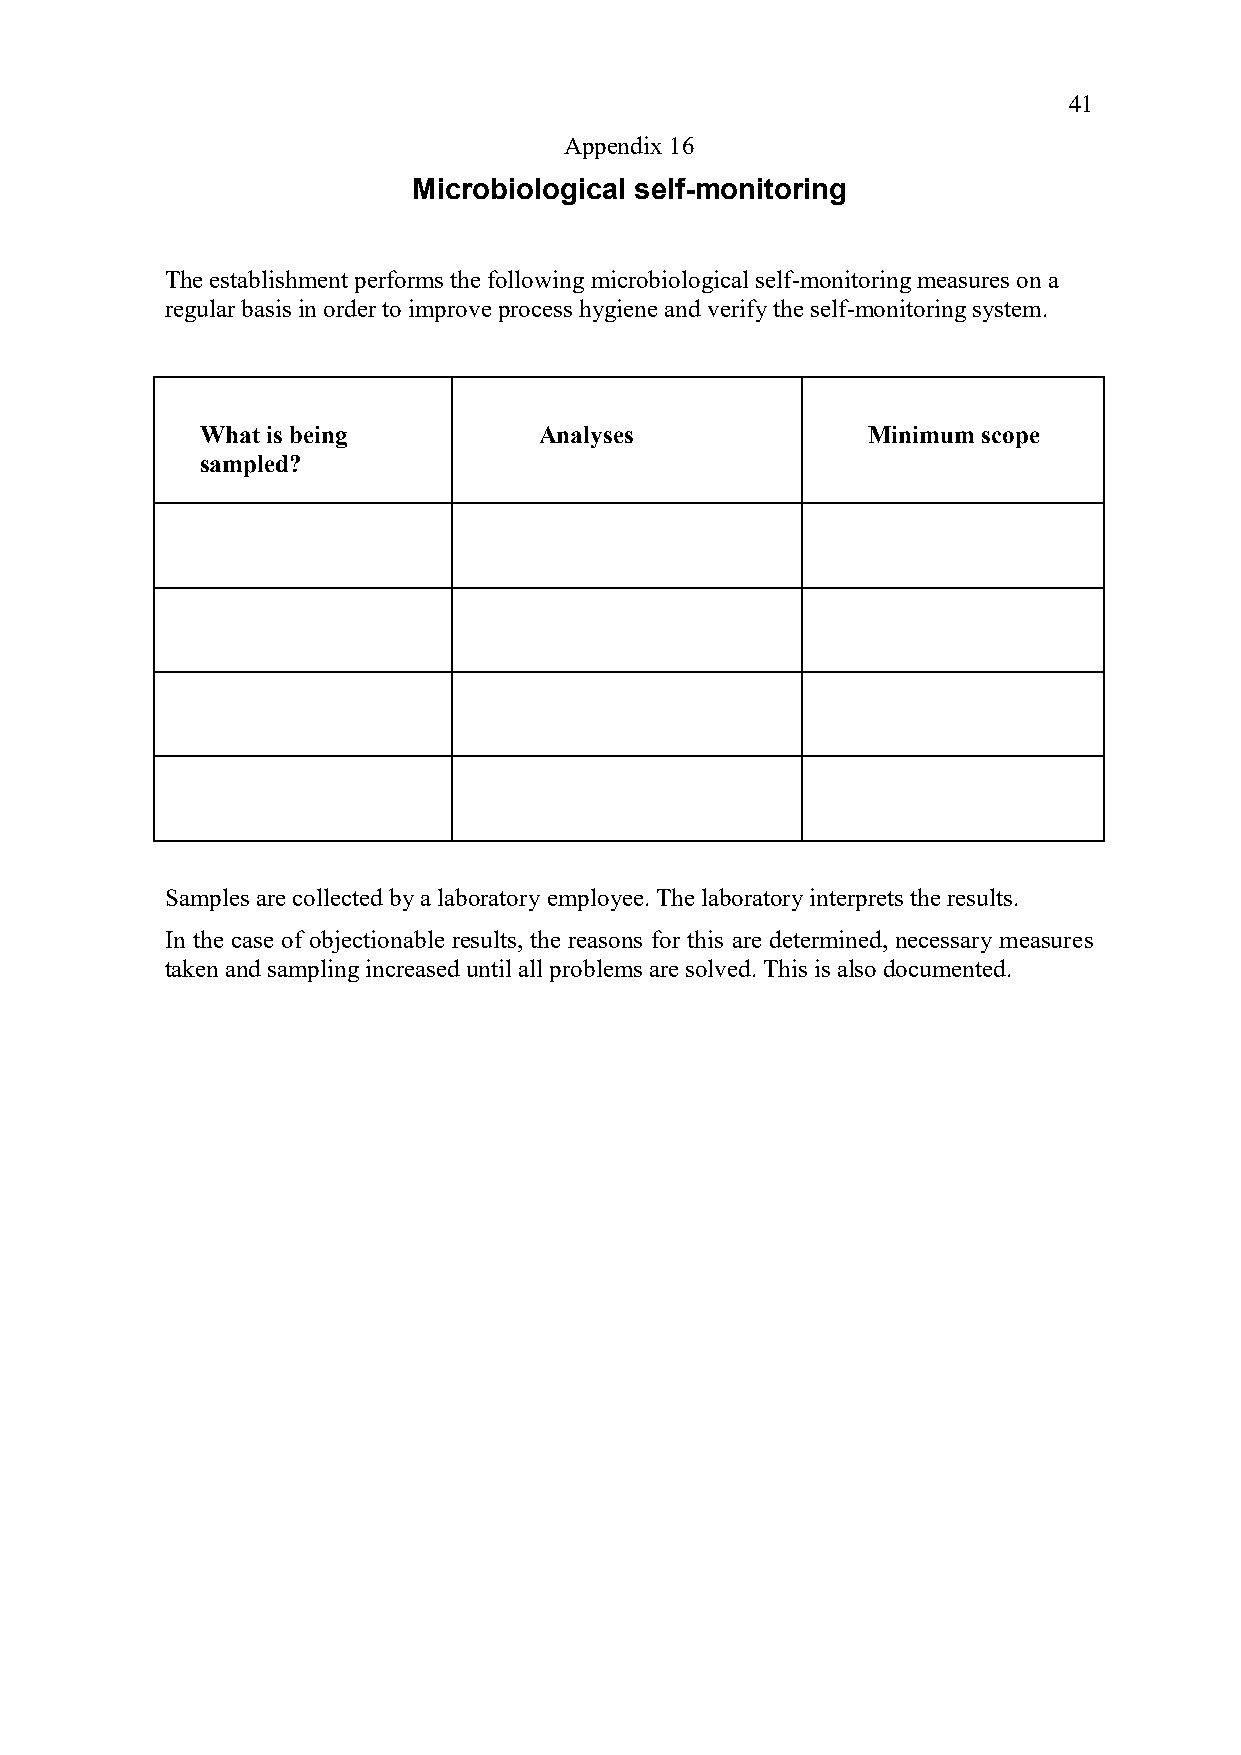
41
 Appendix 16
 Microbiological self-monitoring
 The establishment performs the following microbiological self-monitoring measures on a
 regular basis in order to improve process hygiene and verify the self-monitoring system.
 What is being          Analyses             Minimum scope
 sampled?
 Samples are collected by a laboratory employee. The laboratory interprets the results.
 In the case of objectionable results, the reasons for this are determined, necessary measures
 taken and sampling increased until all problems are solved. This is also documented.